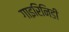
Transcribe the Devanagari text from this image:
गाइरिनिडी